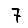
Digit: 7